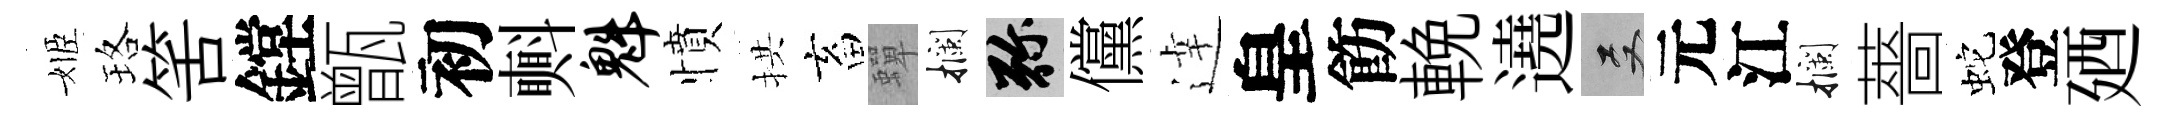
姬珞筈鏜甑初㪺魁憤拱畜蟬攔弥儻逹皇飭輓遶双元江攔薔蛇登廼